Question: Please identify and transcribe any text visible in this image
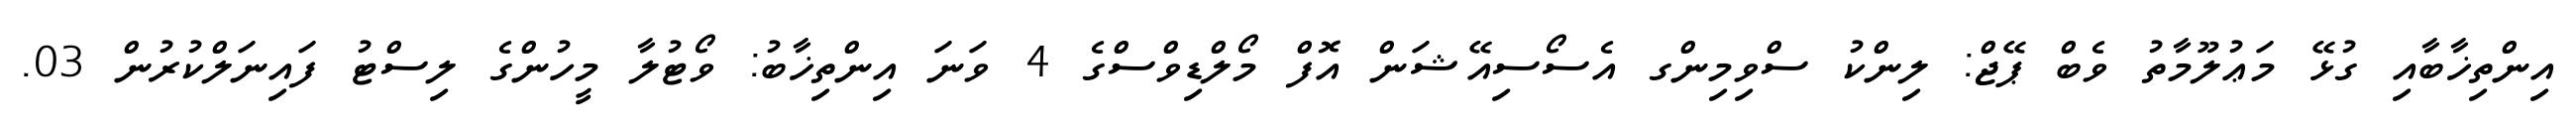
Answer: އިންތިޚާބާއި ގުޅޭ މަޢުލޫމާތު ވެބް ޕޭޖް: ލިންކު ސްވިމިންގ އެސޯސިއޭޝަން އޮފް މޯލްޑިވްސްގެ 4 ވަނަ އިންތިޚާބު: ވޯޓުލާ މީހުންގެ ލިސްޓު ފައިނަލްކުރުން 03.